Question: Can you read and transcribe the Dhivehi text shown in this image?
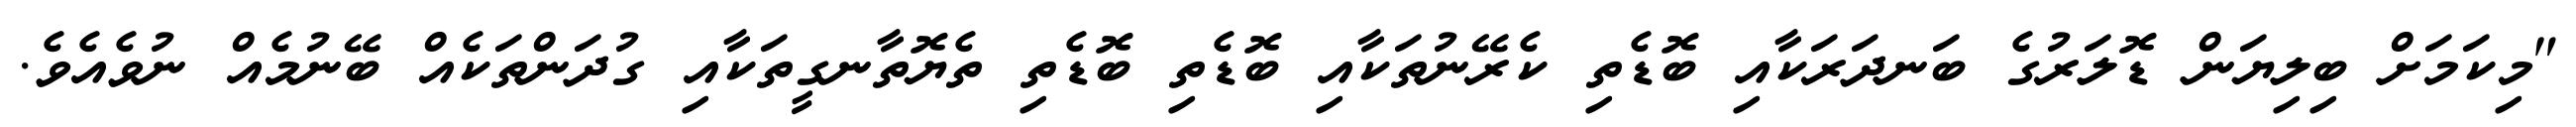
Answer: "މިކަމަށް ބިލިޔަން ޑޮލަރުގެ ބަނދަރަކާއި ބޮޑެތި ކެރޭނުތަކާއި ބޮޑެތި ބޮޑެތި ތެޔޮތާނގީތަކާއި ގުދަންތަކެއް ބޭނުމެއް ނުވެއެވެ.